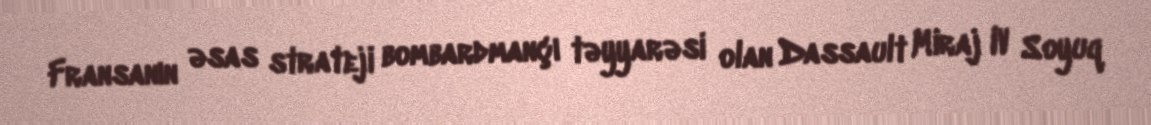
Fransanın əsas strateji bombardmançı təyyarəsi olan Dassault Miraj IV Soyuq